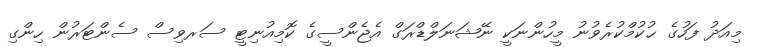
މިއަދު ފަހުގެ ޙުކުމްކުރެވުނު މީހުންނަކީ ނޭޝަނަލްޑްރަގް އެޖެންސީގެ ކޮމިއުނިޓީ ސަރވިސް ސެންޓަރުން ހިންގި